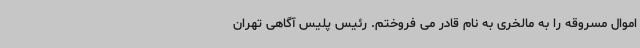
اموال مسروقه را به مالخری به نام قادر می فروختم. رئیس پلیس آگاهی تهران